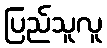
ပြည်သူလူ